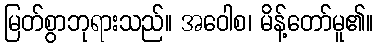
မြတ်စွာဘုရားသည်။ အဝေါစ၊ မိန့်တော်မူ၏။